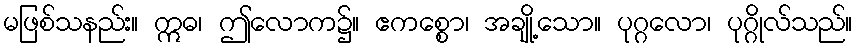
မဖြစ်သနည်း။ ဣဓ၊ ဤလောက၌။ ဧကစ္စော၊ အချို့သော။ ပုဂ္ဂလော၊ ပုဂ္ဂိုလ်သည်။